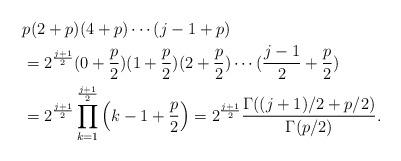
LaTeX: \begin{align*}&p(2+p)(4+p)\cdots (j-1+p)\\&=2^{\frac{j+1}{2}}(0+\frac{p}{2})(1+\frac{p}{2})(2+\frac{p}{2})\cdots (\frac{j-1}{2}+\frac{p}{2})\\&=2^{\frac{j+1}{2}}\prod_{k=1}^{\frac{j+1}{2}}\Big(k-1+\frac{p}{2}\Big)=2^{\frac{j+1}{2}}\frac{\Gamma((j+1)/2+p/2)}{\Gamma(p/2)}.\end{align*}